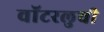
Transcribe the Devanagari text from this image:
वॉटरलुची